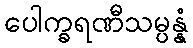
ပေါက္ခရဏီသမ္ပန္နံ